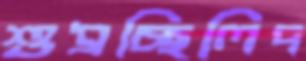
শুধ্‌রচ্ছিলিদ